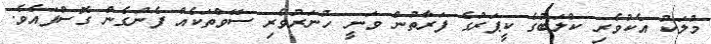
މުލަކު އެކުވެރި ކްލަބުގެ ކީޕަރުގެ ފަރާތުން ވަނީ ހުނަރުވެރި ސޭވްތަކެއް ފެނުގެން ގޮސްފައެވެ.